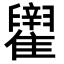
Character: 𬯶